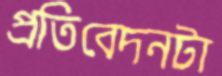
প্রতিবেদনটা